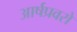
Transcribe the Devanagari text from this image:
आर्षप्रवरो